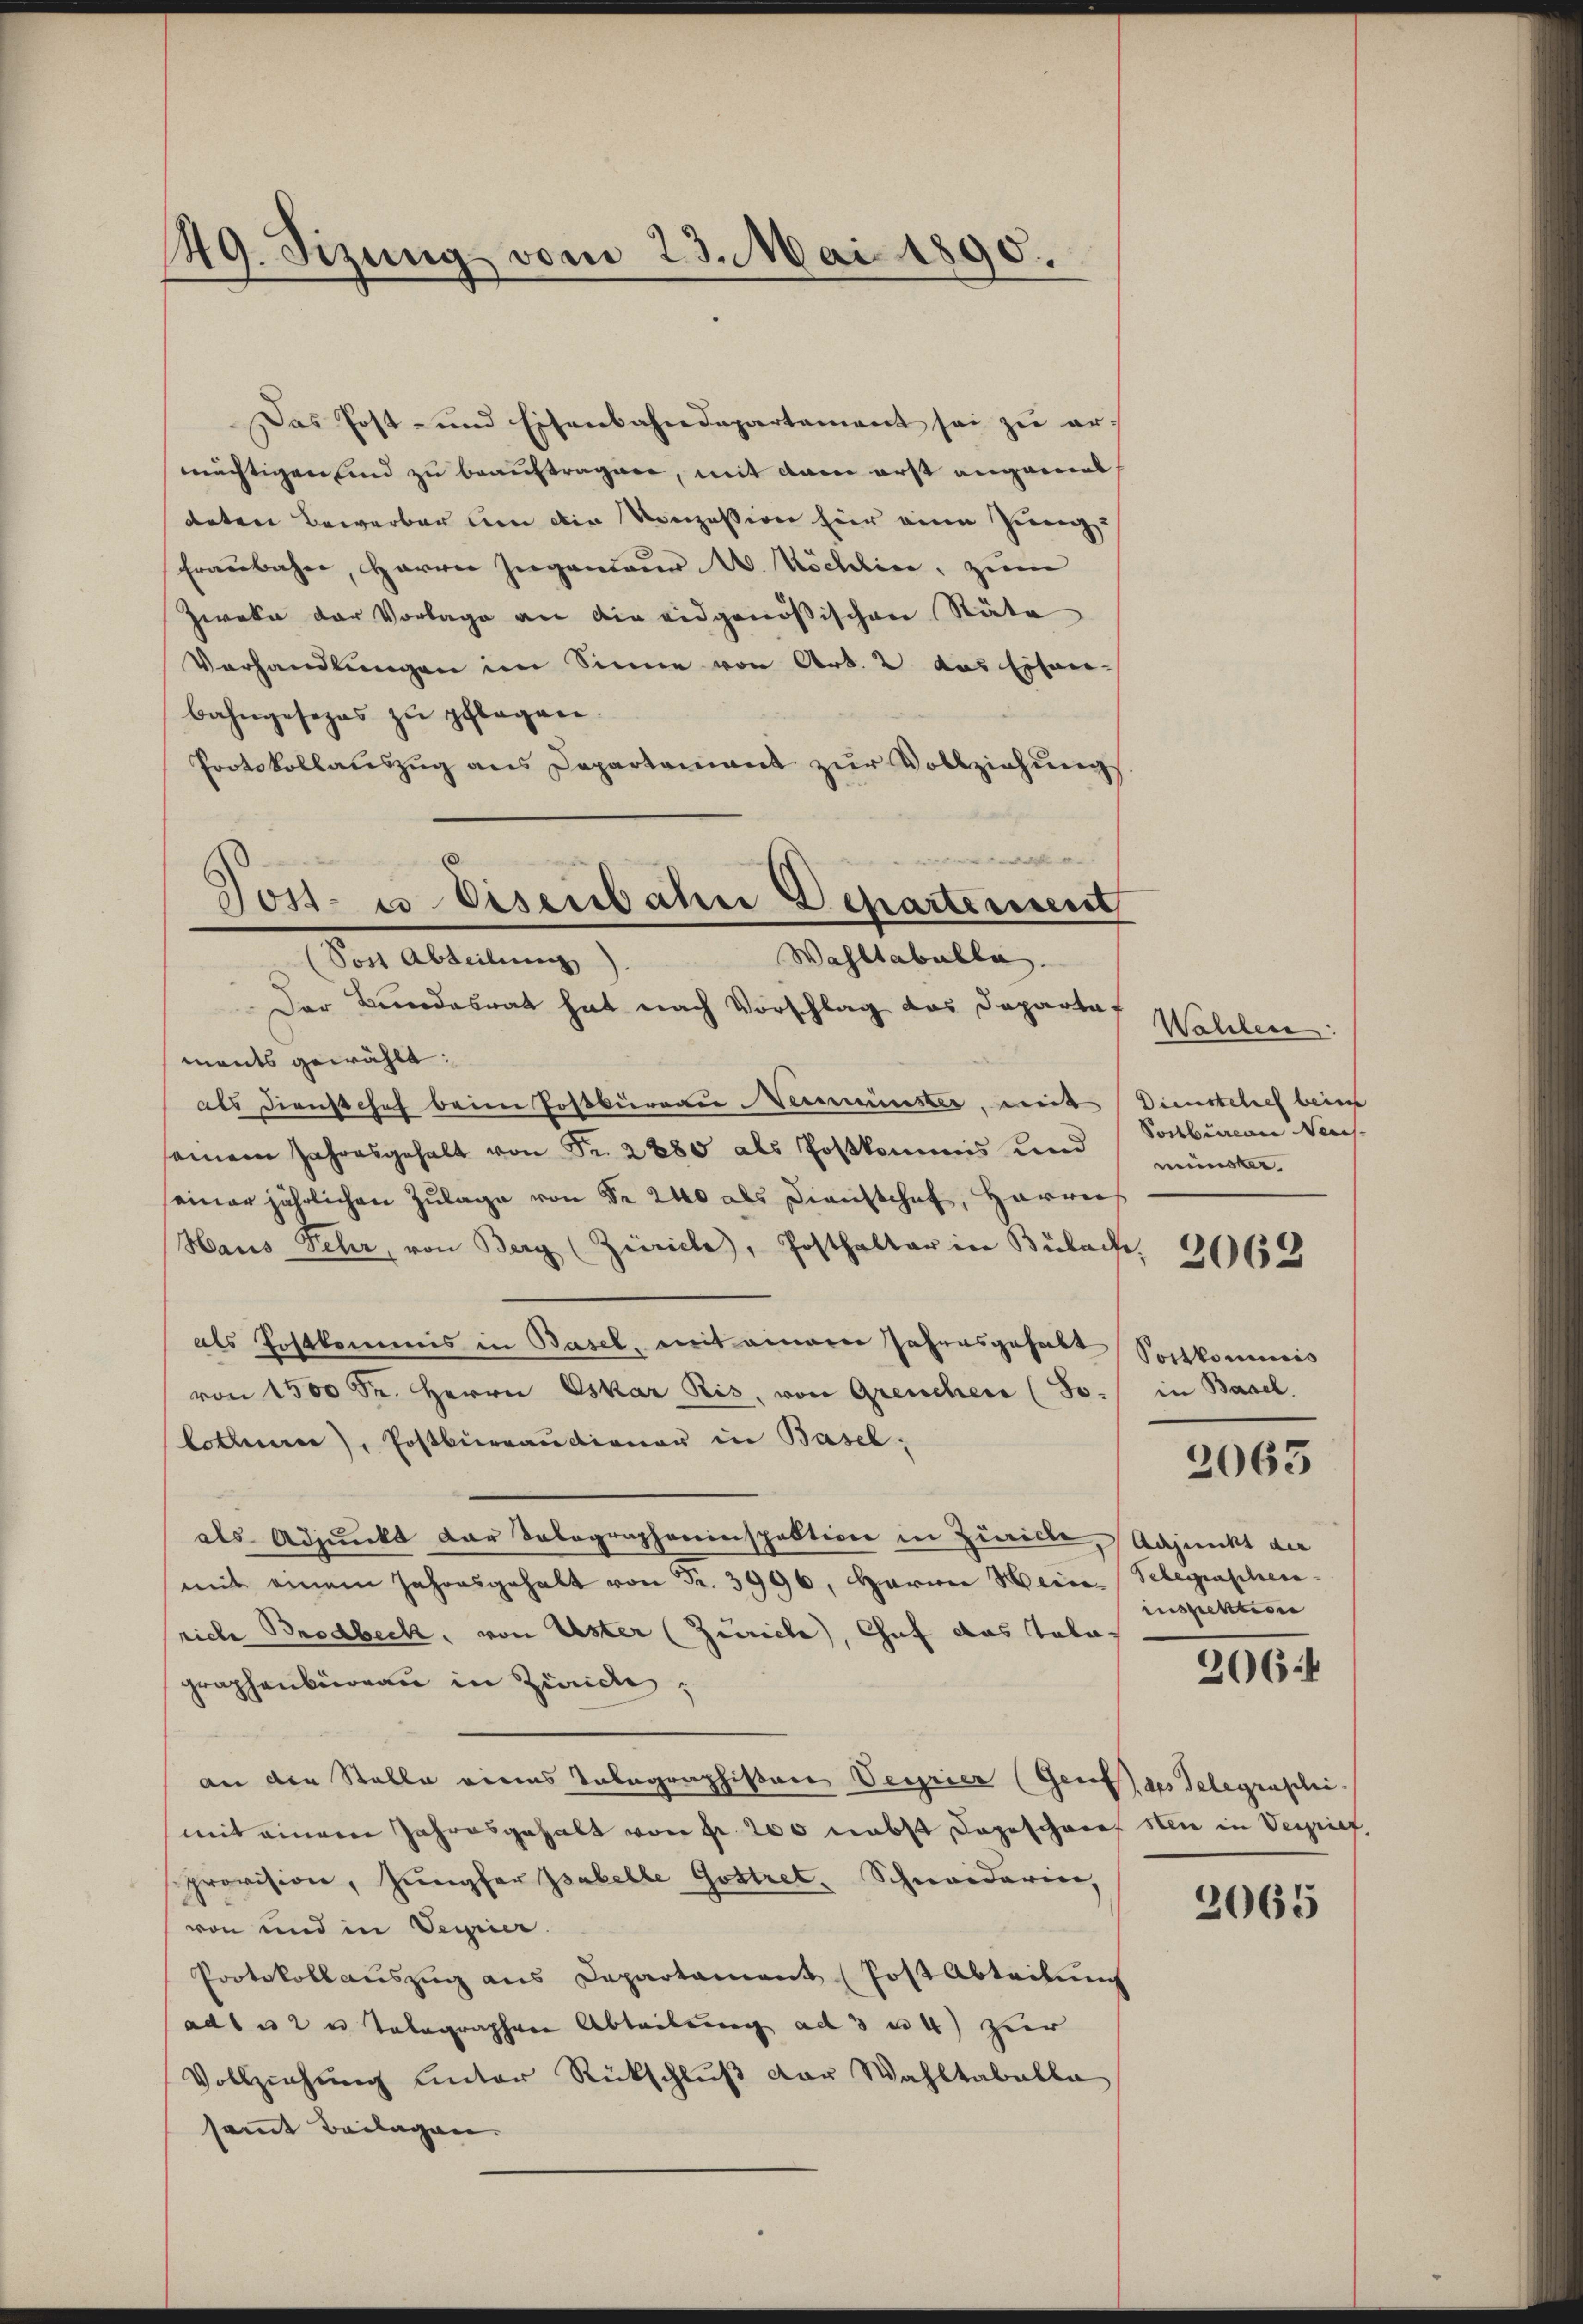
149. Sizung vom 23. Mai 1890.

Das Post- und Eisenbahndepartement sei zu ermächtigen sind zu beauftragen, mit dem erst angemal
deten Bewerben um die Konzession für eine Zingge
Fraubahn, Harrer Ingenieur W. Köchlin, zum
Zweka der Vorlage an die eidgenößischen Räte
Vorhandlŭngen im Sinne von Art. 2 das Eisen-
bahngesezes zu pflegen.
Protokollauszug aus Departamant zur Vollziehungs-
Der Bundesrat hat nach Vorschlag das Departet
mants gewählt:
als Dienstchef beim Postbureau Neumünster, mit
einem Jahresgehalt von Fr. 2880 als Postkommis und
seiner jährlichen Zŭlage von Fr. 240 als Dienstchef, Harrers
Haus Fehr, von Berg (Zürich, Posthalter in Bülach, 21655
als Postkommis in Basel, mit einerer Jahresgehalt Sortkommis
von 1500 Fr. Herrn Oskar Ris, von Greuchen (So-
lothurer), Postbureaudiener in Basel;
als Adjunkt der Dolographeninspektion in Zürich, Adjunkt die
mit einem Jahresgehalt von Fr. 3996, Harin Heine Telegraphenriche Brodbeck, von Uster (Zürich, Chef das Talographenbüreau in Zürich,
an den Stalle eines Tabagraphistore Verrier (Genf des Telegraschi
mit einem Jahresgehalt von Fr. 200 nebst dageschrief sei in Verrief,
provision, Jungfer Isabelle Gottret. Schneiderien,
von und in Verrier.
Protokollauszug aus Departament (Post Abteilung
adu 2 u Tolographen Ableibung ad 3 u 4) zur
Vollziehung unter Rückschluß der Wahltabella
sammt Beilagen.

Tost- u. Discribahne Departement
Wahltabelle
Den Abstaltung

Wallere
Dienstelief beim
Sonburcan Neus
münster.
in Basel.

2063

inspektione
2064

2065